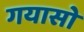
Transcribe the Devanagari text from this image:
गयासो